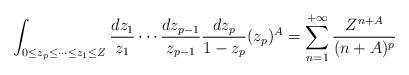
LaTeX: \begin{align*} \int_{0\leq z_p\leq\cdots\leq z_1\leq Z}\frac{dz_1}{z_1}\cdots\frac{dz_{p-1}}{z_{p-1}}\frac{dz_p}{1-z_p} (z_p)^A = \sum_{n=1}^{+\infty} \frac{Z^{n+A}}{(n+A)^p} \end{align*}